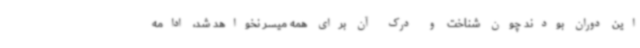
این دوران بودند چون شناخت و درک آن برای همه میسر نخواهد شد، ادامه